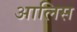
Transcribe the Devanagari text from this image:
आलिस